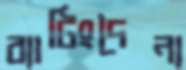
ব্যাটিংদৈন্য